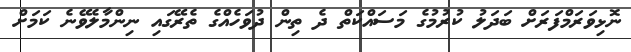
ނޮޅިވަރަމްފަރަށް ބަދަލު ކުރުމުގެ މަސައްކަތް ދެ ތިން ދުވަހެއްގެ ތެރޭގައި ނިންމާލެވޭނެ ކަމަށް